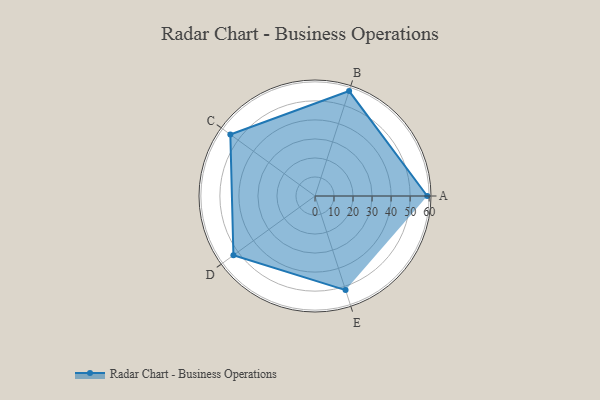
{"axis": {"x": "Skill", "y": "Score"}, "legend": ["Profile"], "data": [{"x": "A", "y": 59.0, "type": "Profile"}, {"x": "B", "y": 58.0, "type": "Profile"}, {"x": "C", "y": 55.0, "type": "Profile"}, {"x": "D", "y": 53.0, "type": "Profile"}, {"x": "E", "y": 52.0, "type": "Profile"}]}